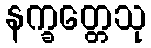
နက္ခတ္တေသု